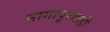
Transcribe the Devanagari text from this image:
नागापूरवाडी